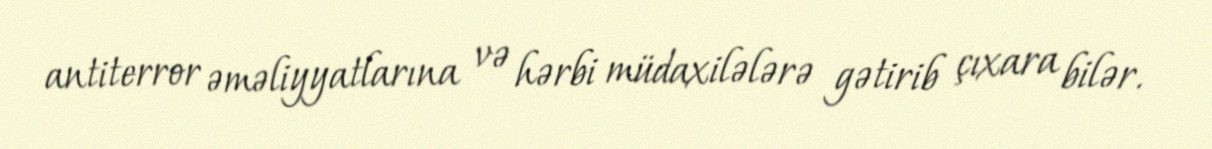
antiterror əməliyyatlarına və hərbi müdaxilələrə gətirib çıxara bilər.